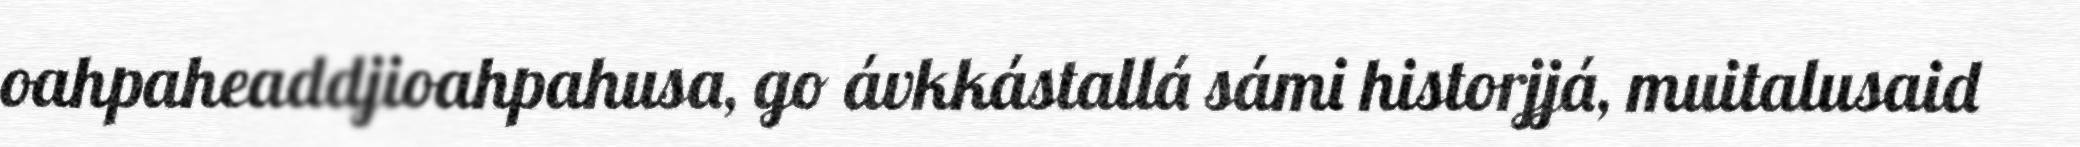
oahpaheaddjioahpahusa, go ávkkástallá sámi historjjá, muitalusaid